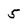
Character: 5